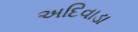
અદિવાડા